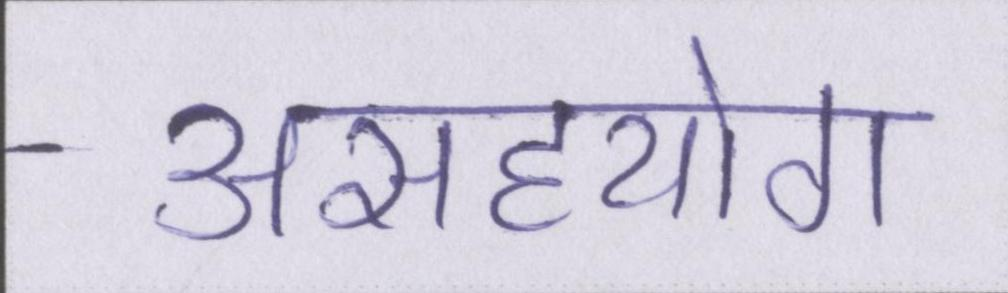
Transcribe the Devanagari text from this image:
असहयोग